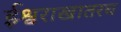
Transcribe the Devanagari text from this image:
ईश्वराखातरच